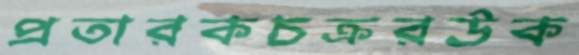
প্রতারকচক্ররউক